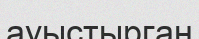
ауыстырган